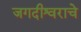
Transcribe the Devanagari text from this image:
जगदीश्वराचे